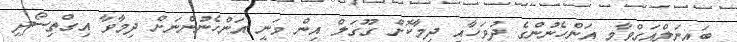
ބައިނަލްއަގްވާމީ އަންހެނުންގެ ދުވަހާއި ދިމާކޮށް ގޫގަލް އިން ވަނީ އަންހެނުންނަށް ދިމާވާ އިގްތިސޯދީ